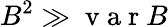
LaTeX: B^{2}\gg\mathrm{~v~a~r~}B